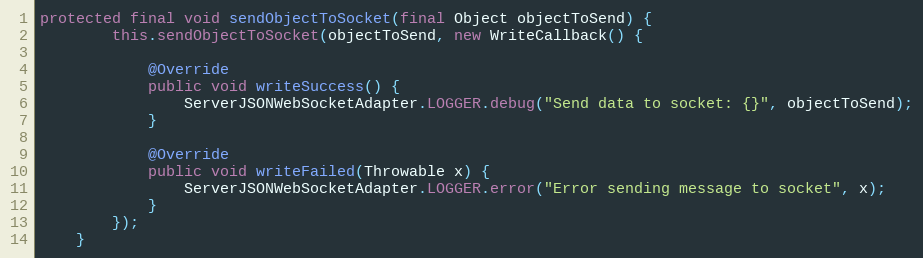
Language: Java
protected final void sendObjectToSocket(final Object objectToSend) {
        this.sendObjectToSocket(objectToSend, new WriteCallback() {

            @Override
            public void writeSuccess() {
                ServerJSONWebSocketAdapter.LOGGER.debug("Send data to socket: {}", objectToSend);
            }

            @Override
            public void writeFailed(Throwable x) {
                ServerJSONWebSocketAdapter.LOGGER.error("Error sending message to socket", x);
            }
        });
    }